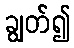
ချွတ်၍